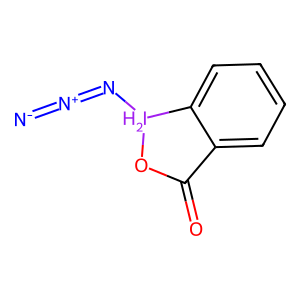
SMILES: [N-]=[N+]=N[IH2]1OC(=O)c2ccccc21
Inhibits HIV replication: Yes